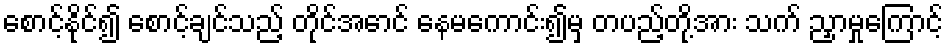
စောင့်နိုင်၍ စောင့်ချင်သည့် တိုင်အောင် နေမကောင်း၍မှ တပည့်တို့အား သက် ညှာမှုကြောင့်